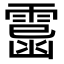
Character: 𩄥